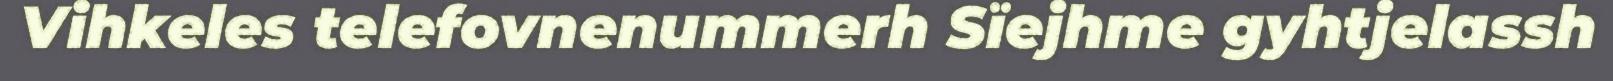
Vihkeles telefovnenummerh Sïejhme gyhtjelassh